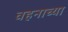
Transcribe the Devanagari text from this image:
वहनाच्या